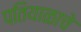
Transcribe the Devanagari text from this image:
पतियाळाचे